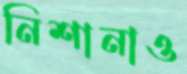
নিশানাও